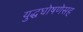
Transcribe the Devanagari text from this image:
युद्धघोषणेसह